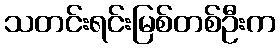
သတင်းရင်းမြစ်တစ်ဦးက